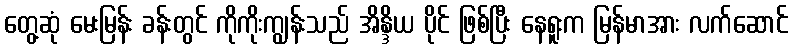
တွေ့ဆုံ မေးမြန်း ခန်းတွင် ကိုကိုးကျွန်းသည် အိန္ဒိယ ပိုင် ဖြစ်ပြီး နေရူးက မြန်မာအား လက်ဆောင်